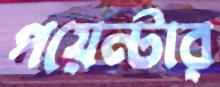
পয়েন্টার